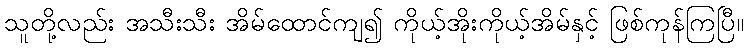
သူတို့လည်း အသီးသီး အိမ်ထောင်ကျ၍ ကိုယ့်အိုးကိုယ့်အိမ်နှင့် ဖြစ်ကုန်ကြပြီ။